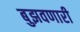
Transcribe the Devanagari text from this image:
बुझवणारी